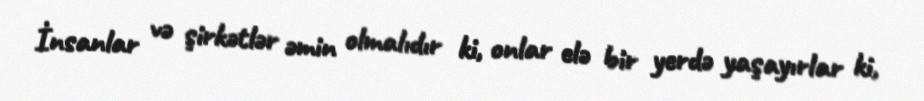
İnsanlar və şirkətlər əmin olmalıdır ki, onlar elə bir yerdə yaşayırlar ki,